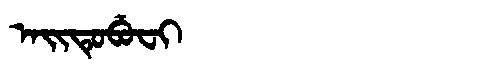
Manchu: ᠠᡳᡨᡠᠪᡠᠸᡳ
Romanization: AITUBUFI